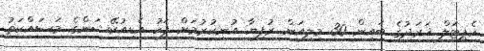
ކެޕިޓަލް ޚަރަދުގެ ބައިން 30 މިލިއަން ރުފިޔާ އުނިކުރުމަށް ފަހު އެޑިއުކޭޝަންގެ މަސައްކަތު